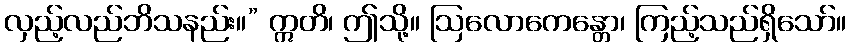
လှည့်လည်ဘိသနည်း။” ဣတိ၊ ဤသို့။ ဩလောကေန္တော၊ ကြည့်သည်ရှိသော်။